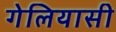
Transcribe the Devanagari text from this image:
गेलियासी